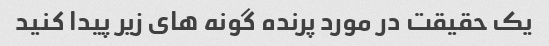
یک حقیقت در مورد پرنده گونه های زیر پیدا کنید